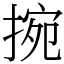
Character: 捥